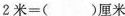
$$2 米 = () 厘 米$$